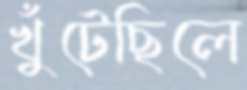
খুঁটেছিলে